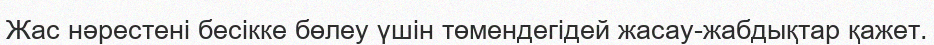
Жас нәрестені бесікке бөлеу үшін төмендегідей жасау-жабдықтар қажет.